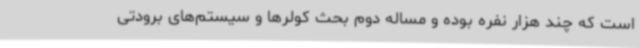
است که چند هزار نفره بوده و مساله دوم بحث کولرها و سیستم‌های برودتی